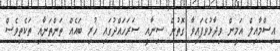
އިސްމާއިލް އަމީން ވިދާޅުވެފައިވާ ގޮތުން ސިނާއީ ސަރަހައްދުގައި ހުރި ބައެއް ތަންތަނާއި ތަކެތިވެސް